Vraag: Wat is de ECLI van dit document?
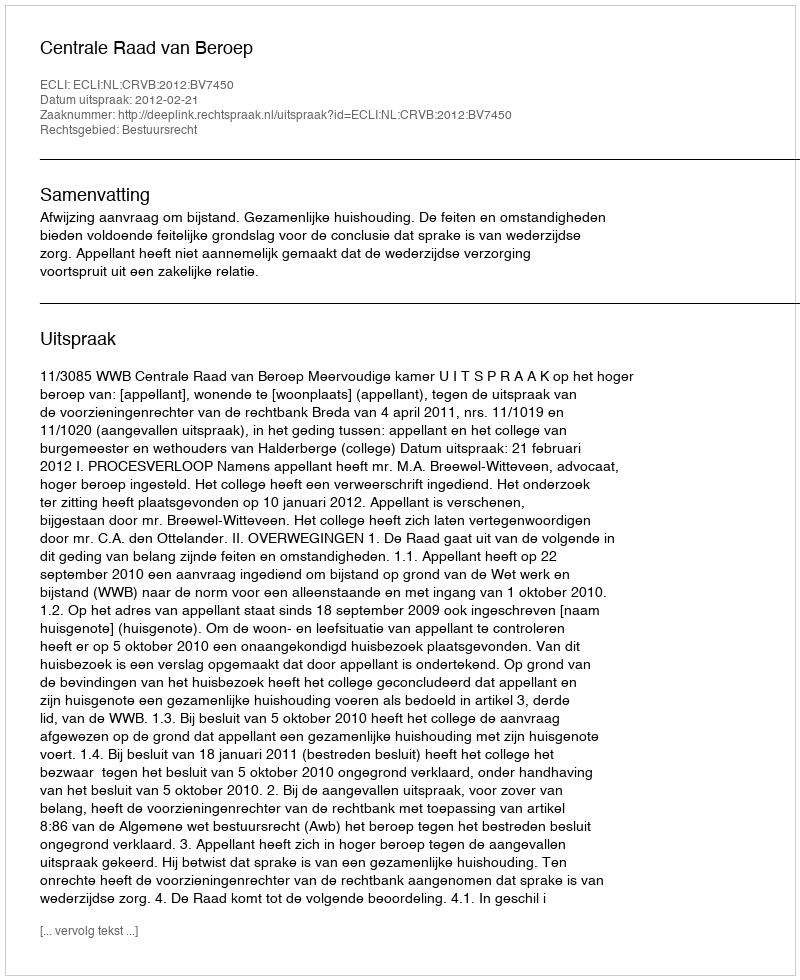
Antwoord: ECLI:NL:CRVB:2012:BV7450